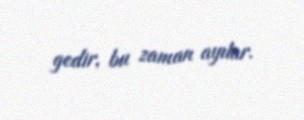
gedir, bu zaman ayılar.